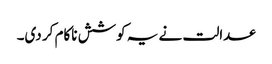
عدالت نے یہ کوشش ناکام کر دی۔